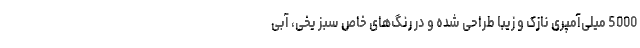
5000 میلی‌آمپری نازک و زیبا طراحی شده و در رنگ‌های خاص سبز یخی، آبی